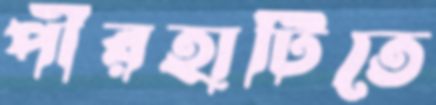
পীরহাটিতে